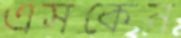
এসকেন